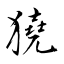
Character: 獟